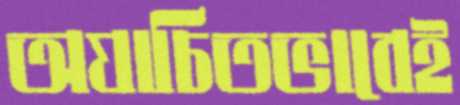
অযাচিতভাবেই